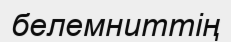
белемниттің